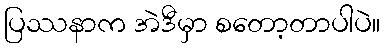
ပြဿနာက အဲဒီမှာ စတော့တာပါပဲ။